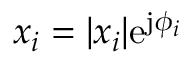
x _ { i } = | x _ { i } | \mathrm { e } ^ { \mathrm { j } \phi _ { i } }